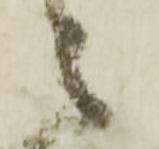
之